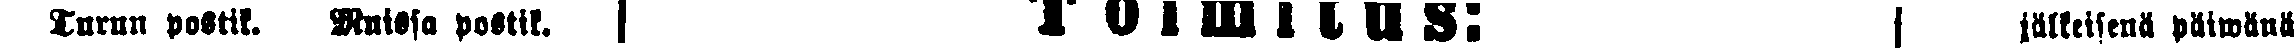
Turun postik. Muissa postik. Toimitus: jälkeisenä päiwänä